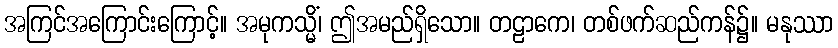
အကြင်အကြောင်းကြောင့်။ အမုကသ္မိံ၊ ဤအမည်ရှိသော။ တဠာကေ၊ တစ်ဖက်ဆည်ကန်၌။ မနုဿာ